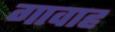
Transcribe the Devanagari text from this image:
गावाह